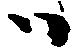
ハ